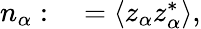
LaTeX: \begin{array}{rl}{n_{\alpha}:}&{{}=\left\langle z_{\alpha}z_{\alpha}^{*}\right\rangle,}\end{array}